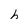
Character: h